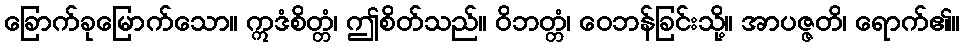
ခြောက်ခုမြောက်သော။ ဣဒံစိတ္တံ၊ ဤစိတ်သည်။ ဝိဘတ္တံ၊ ဝေဘန်ခြင်းသို့။ အာပဇ္ဇတိ၊ ရောက်၏။